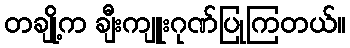
တချို့က ချီးကျူးဂုဏ်ပြုကြတယ်။